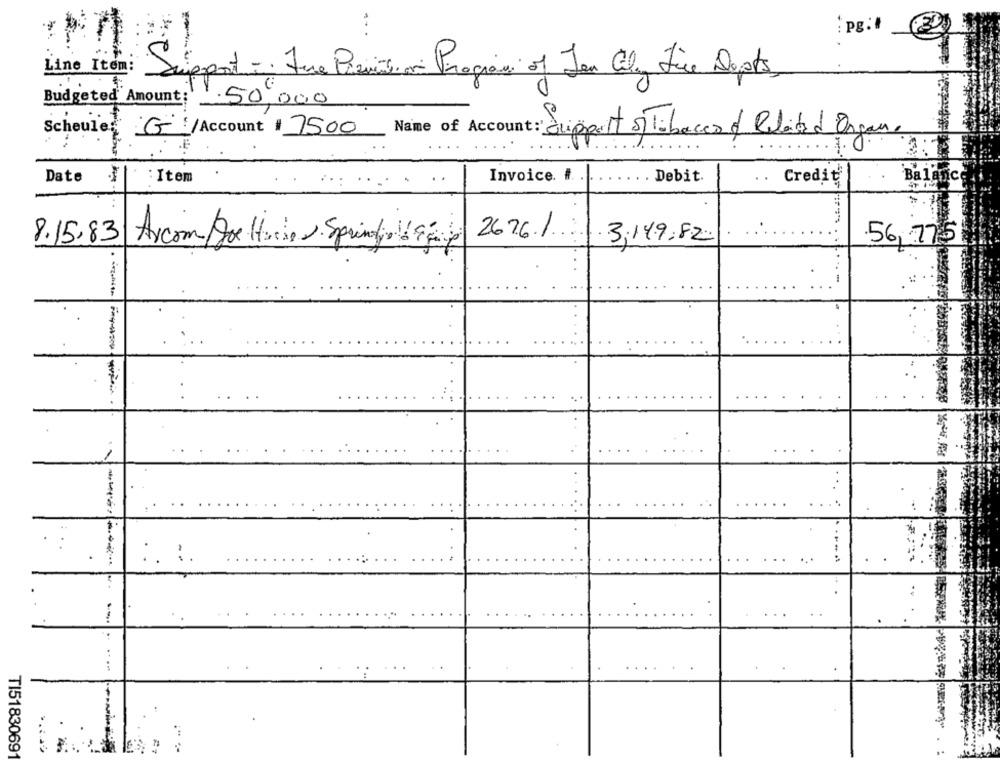
: pg :
Line Item:
Support -: Fue Previsti on Program of Jan Cely Line Dopts
0
Budgeted Amount: 50,000
Scheules
G: / Account # 7500
_Name of Account : Support siTobacco of Realidad Organ.
Date
Item
Invoice. #
Debit
Credit
Balance
2676.1.
8.15.83 Arcom Doe Hier. Sprindol Fmp
3,149.82
56, 775
--
:.
TI51830691